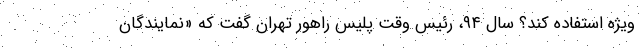
ویژه استفاده کند؟ سال ۹۴، رئیس وقت پلیس راهور تهران گفت که «نمایندگان